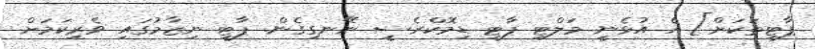
ޕާޓީތަކަށް] އެ އުޅެނީ މަލްޓި ޕާޓީ ޑިމޮކްރެސީ ނޭނގިގެން. ޕާޓީ ނިޒާމުގައި ވެރިކަމަށް